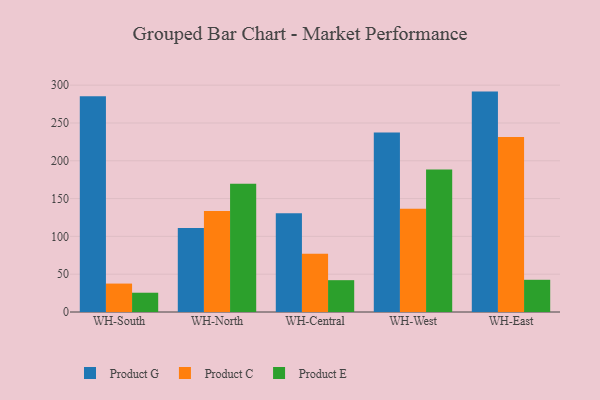
{"axis": {"x": "Warehouse", "y": "Backlog"}, "legend": ["Product C", "Product E", "Product G"], "data": [{"x": "WH-South", "y": 285.5, "type": "Product G"}, {"x": "WH-South", "y": 37.6, "type": "Product C"}, {"x": "WH-South", "y": 25.5, "type": "Product E"}, {"x": "WH-North", "y": 111.2, "type": "Product G"}, {"x": "WH-North", "y": 133.6, "type": "Product C"}, {"x": "WH-North", "y": 169.5, "type": "Product E"}, {"x": "WH-Central", "y": 130.7, "type": "Product G"}, {"x": "WH-Central", "y": 77.1, "type": "Product C"}, {"x": "WH-Central", "y": 42.1, "type": "Product E"}, {"x": "WH-West", "y": 237.3, "type": "Product G"}, {"x": "WH-West", "y": 136.6, "type": "Product C"}, {"x": "WH-West", "y": 188.4, "type": "Product E"}, {"x": "WH-East", "y": 291.5, "type": "Product G"}, {"x": "WH-East", "y": 231.3, "type": "Product C"}, {"x": "WH-East", "y": 42.6, "type": "Product E"}]}